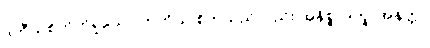
ဒုတီယစိတ်ကိုရှုသော တတိယ စိတ်သည်လည်း အနိစ္စ၊ ဒုက္ခ၊ အနတ္တ။